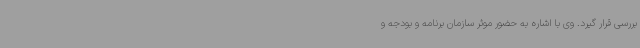
بررسی قرار گیرد. وی با اشاره به حضور موثر سازمان برنامه و بودجه و